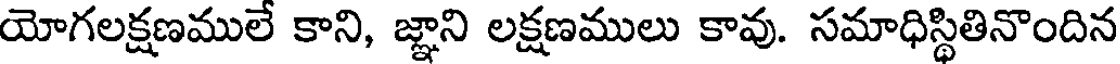
యోగలక్షణములే కాని, జ్ఞాని లక్షణములు కావు. సమాధిస్థితినొందిన